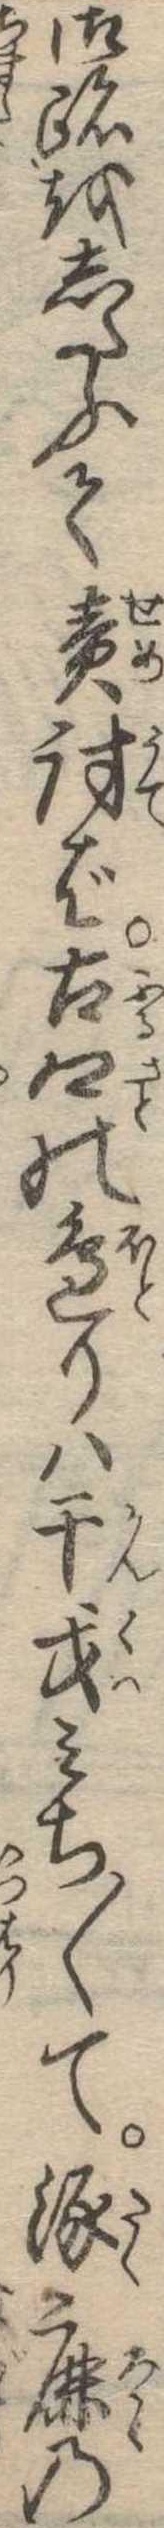
御跡をしたふて責討ば古郷の辺りは干戈みち〱て涿鹿の